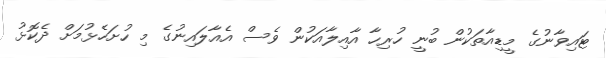
ޓައިވާނުގެ މީޑިއާތަކުން ބުނީ ހުރިހާ އާއިލާއަކުން ވެސް އެއާލައިނުގެ މި ހުށަހެޅުމަށް ދެކޮޅު